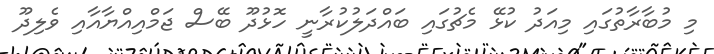
މި މުބާރާތުގައި މިއަދު ކުޅޭ މެޗުގައި ބައްދަލުކުރާނީ ހޮޅުދޫ ބޭސް ޖަމްއިއްޔާއާއި ވެލިދޫ